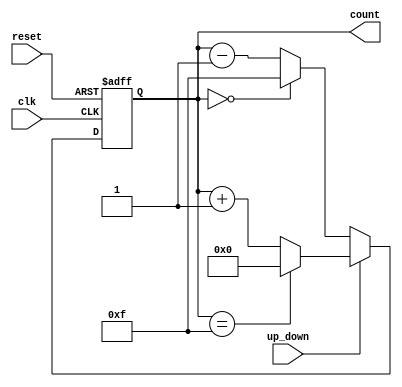
module UpDownCounter #(
    parameter WIDTH = 4 // Width of the counter (number of bits)
) (
    input wire clk,          // Clock signal
    input wire up_down,      // Up/Down control signal
    input wire reset,        // Asynchronous reset signal
    output reg [WIDTH-1:0] count // Current count value
);

// Asynchronous reset and counting logic
always @(posedge clk or posedge reset) begin
    if (reset) begin
        count <= 0; // Reset counter to 0
    end else if (up_down) begin
        // Count up
        if (count == (2**WIDTH - 1)) // Check for maximum count
            count <= 0; // Wrap around to 0
        else
            count <= count + 1; // Increment count
    end else begin
        // Count down
        if (count == 0) // Check for minimum count
            count <= (2**WIDTH - 1); // Wrap around to max count
        else
            count <= count - 1; // Decrement count
    end
end

endmodule